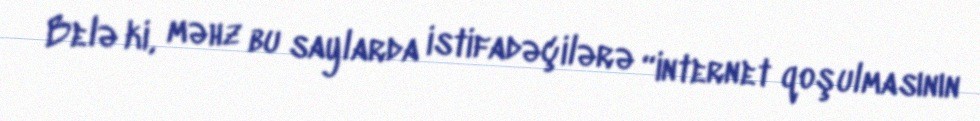
Belə ki, məhz bu saylarda istifadəçilərə “internet qoşulmasının